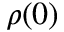
\rho ( 0 )